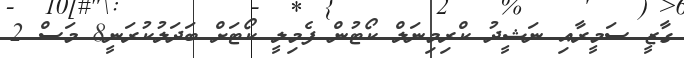
ގާޒީ ސަމީރާއި ނަޝީދު ކްރިމިނަލް ކޯޓުން ފެމިލީ ކޯޓަށް ބަދަލުކުރަނީ8 މަސް 2